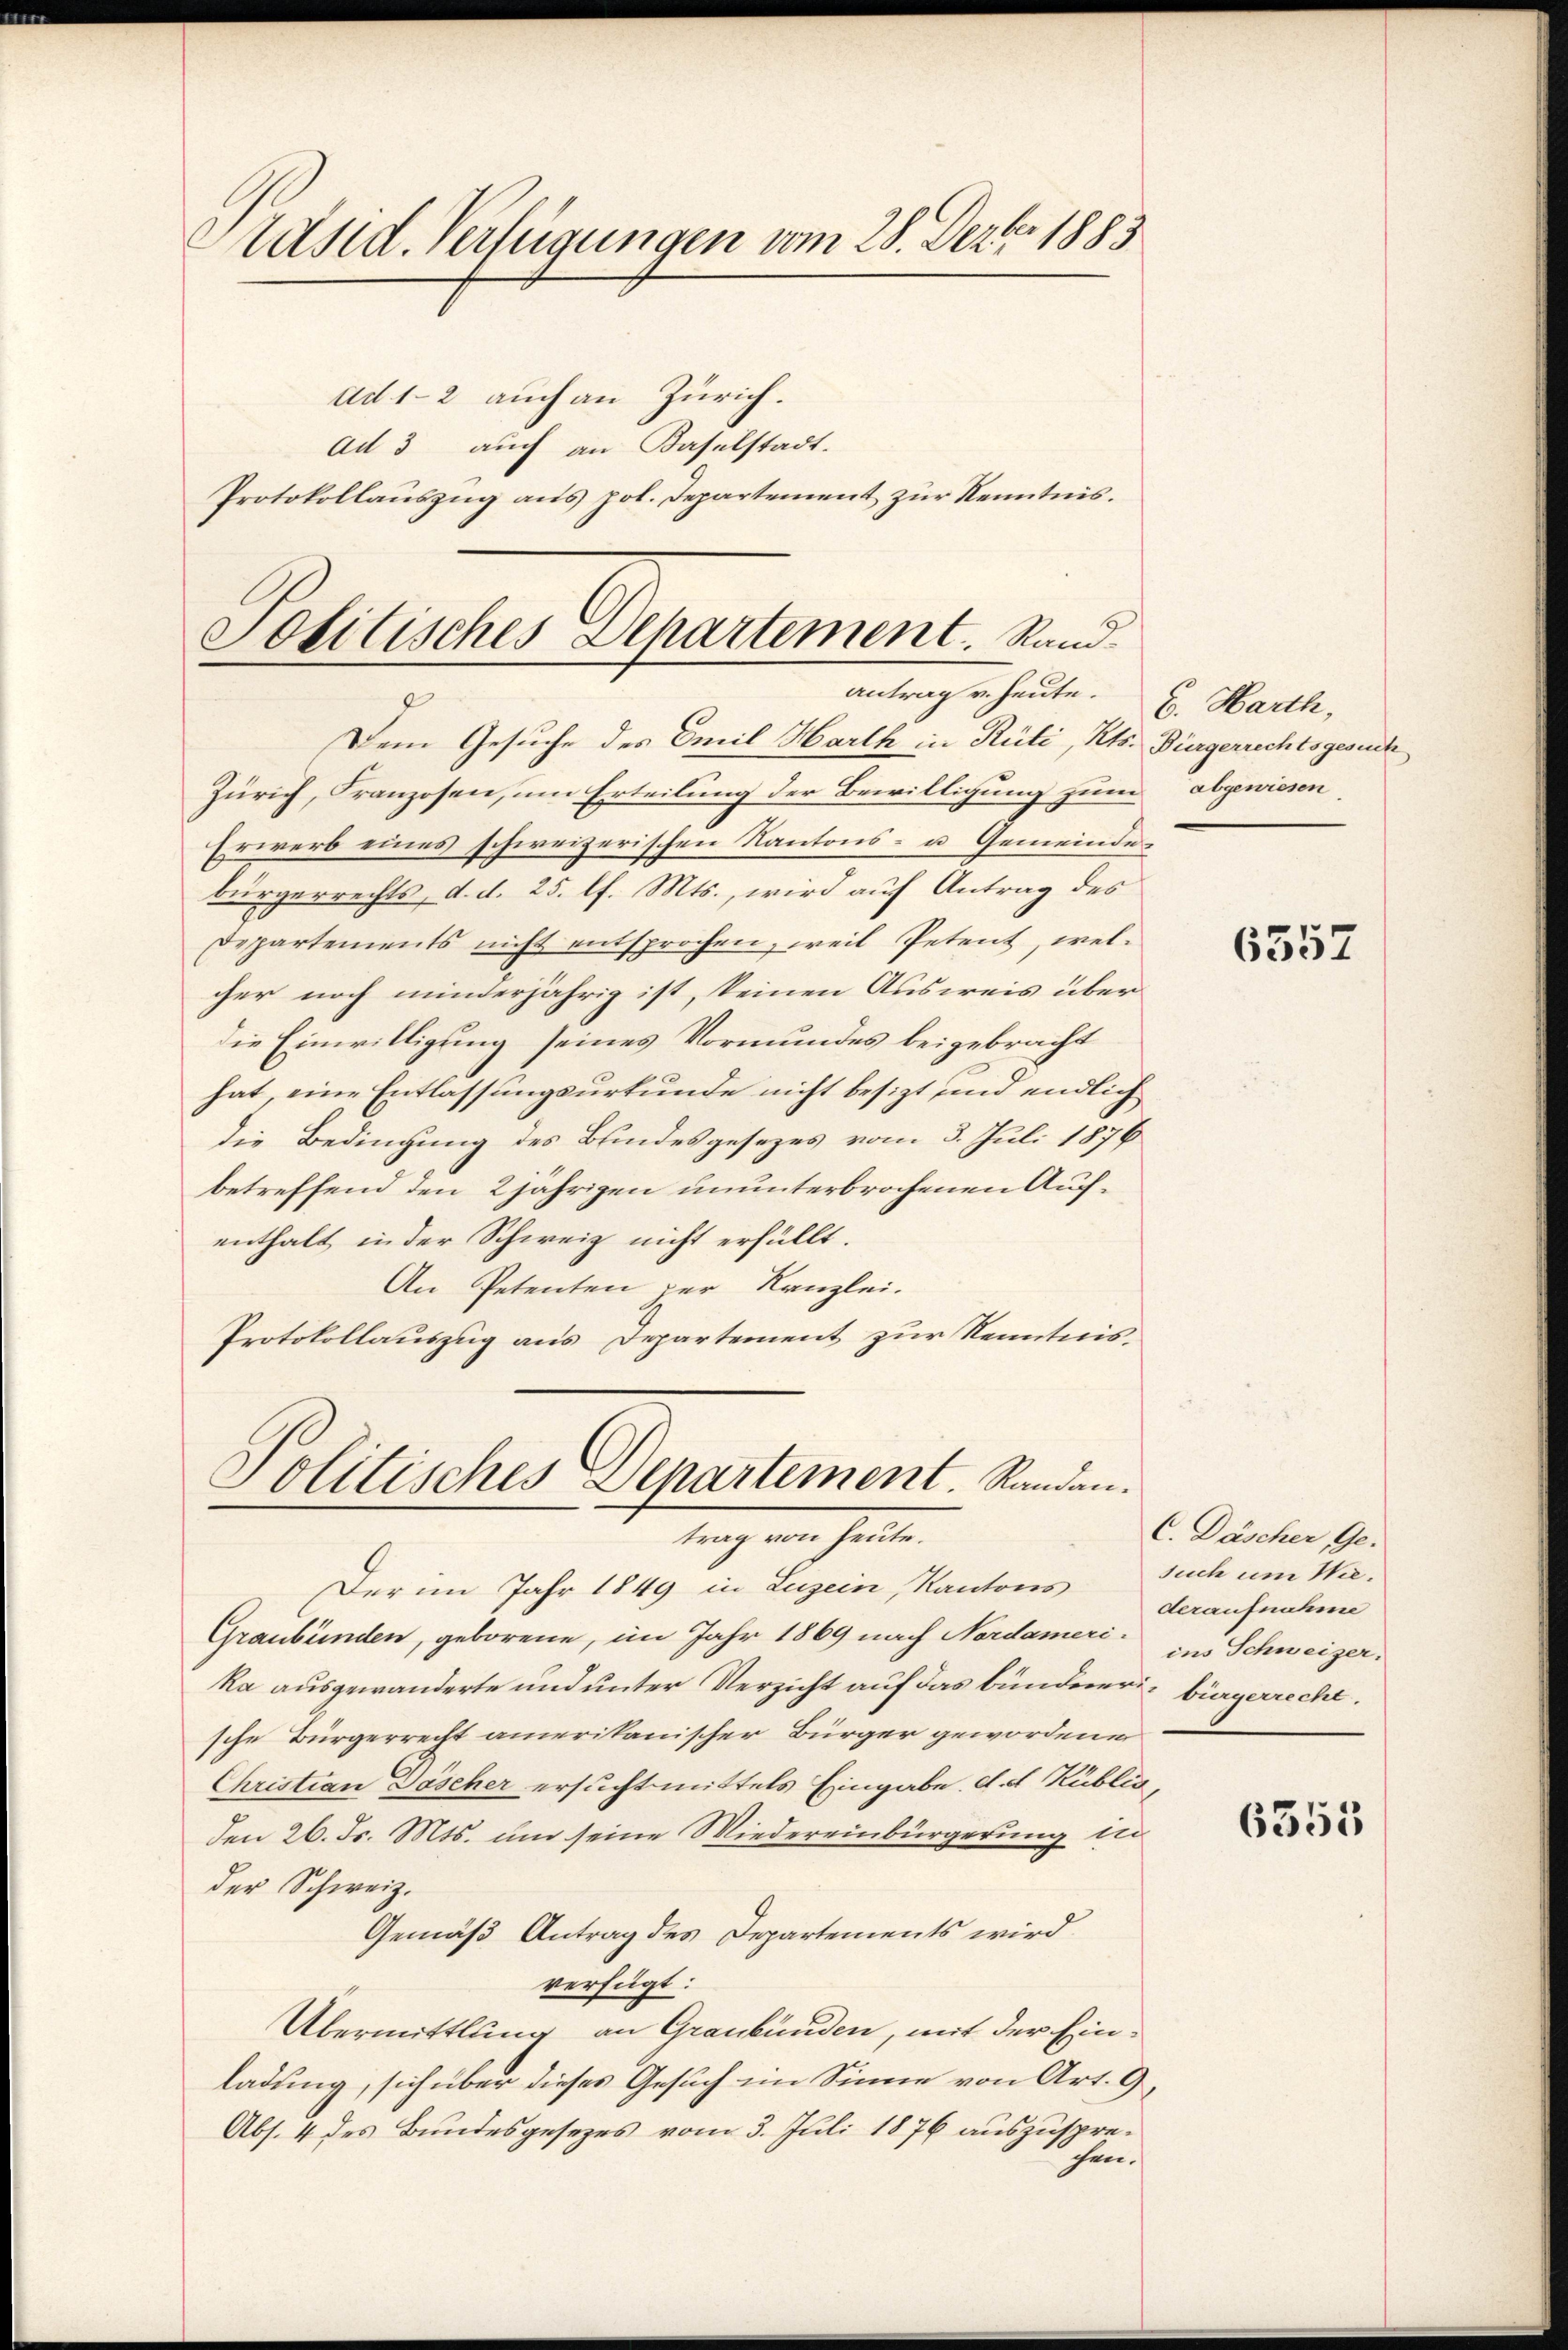
Präsid. Verfügungen vom 28. Dezbr 1883
Ad 1-2 auch an Zürich.
ad 3 auch an Baselstadt.
Protokollauszug aus pol. Departement zur Kenntnis.

Politisches Departement. Rand
antrag u. heute.

Dem Gesuche des Emil Harth in Rüti, Kts. Bürgerrechtsgesuch
Zürich, Franzosen, um Erteilung der Bewilligung zum abgewiesen
Erwerb eines schweizerischen Kantons- u. Gemeindebürgerrechts, d. d. 25. lf. Mts., wird auf Antrag des
Deppartements nicht entsprochen, weil Petent, wel-
cher noch minderjährig ist, keinen Ausweis über
die Einwilligung seines Vormundes beigebracht
hat, eine Entlassungsurkunde nicht besizt und endlich
die Bedingung des Blindesgesezes vom 3. Juli 1876
betreffend den 2 jährigen ununterbrochenen Aufenthalt in der Schweiz nicht erfüllt.
An Petenten zur Kanzlei.
Protokollauszug aus Departement zur Kenntnis¬

Politisches Departement. Randantrag von heute.

Der im Jahr 1849 in Luzern, Kantons such um Wie¬
Graubünden, geborene, im Jahr 1869 nach Nordameri in Schweizer.
ka ausgewanderte und unter Verzicht auf das bündener bürgerrecht.
sche Bürgerrecht amerikanischer Bürger gewordene
Christian Döscher ersucht mittels Eingabe d. d. Kublic,
den 26. Fr. Mts. um seine Wiedereinbürgerung in
der Schweiz.
Gemäß Antrag des Departements wird
verfügt:
Übermittlung an Graubünden, mit der Einladung, sich über dieses Gesuch im Sinne von Art. 9
Abs. 4 des Bundesgesezes vom 3. Juli 1876 auszuspresen.

C. Harth,

6557

C. Däscher Ge-
deraufnahme

6355